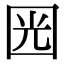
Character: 㘢